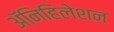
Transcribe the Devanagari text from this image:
ॲनिहिलेशन